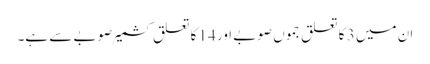
ان میں 3 کا تعلق جموں صوبے اور 14 کا تعلق کشمیر صوبے سے ہے۔